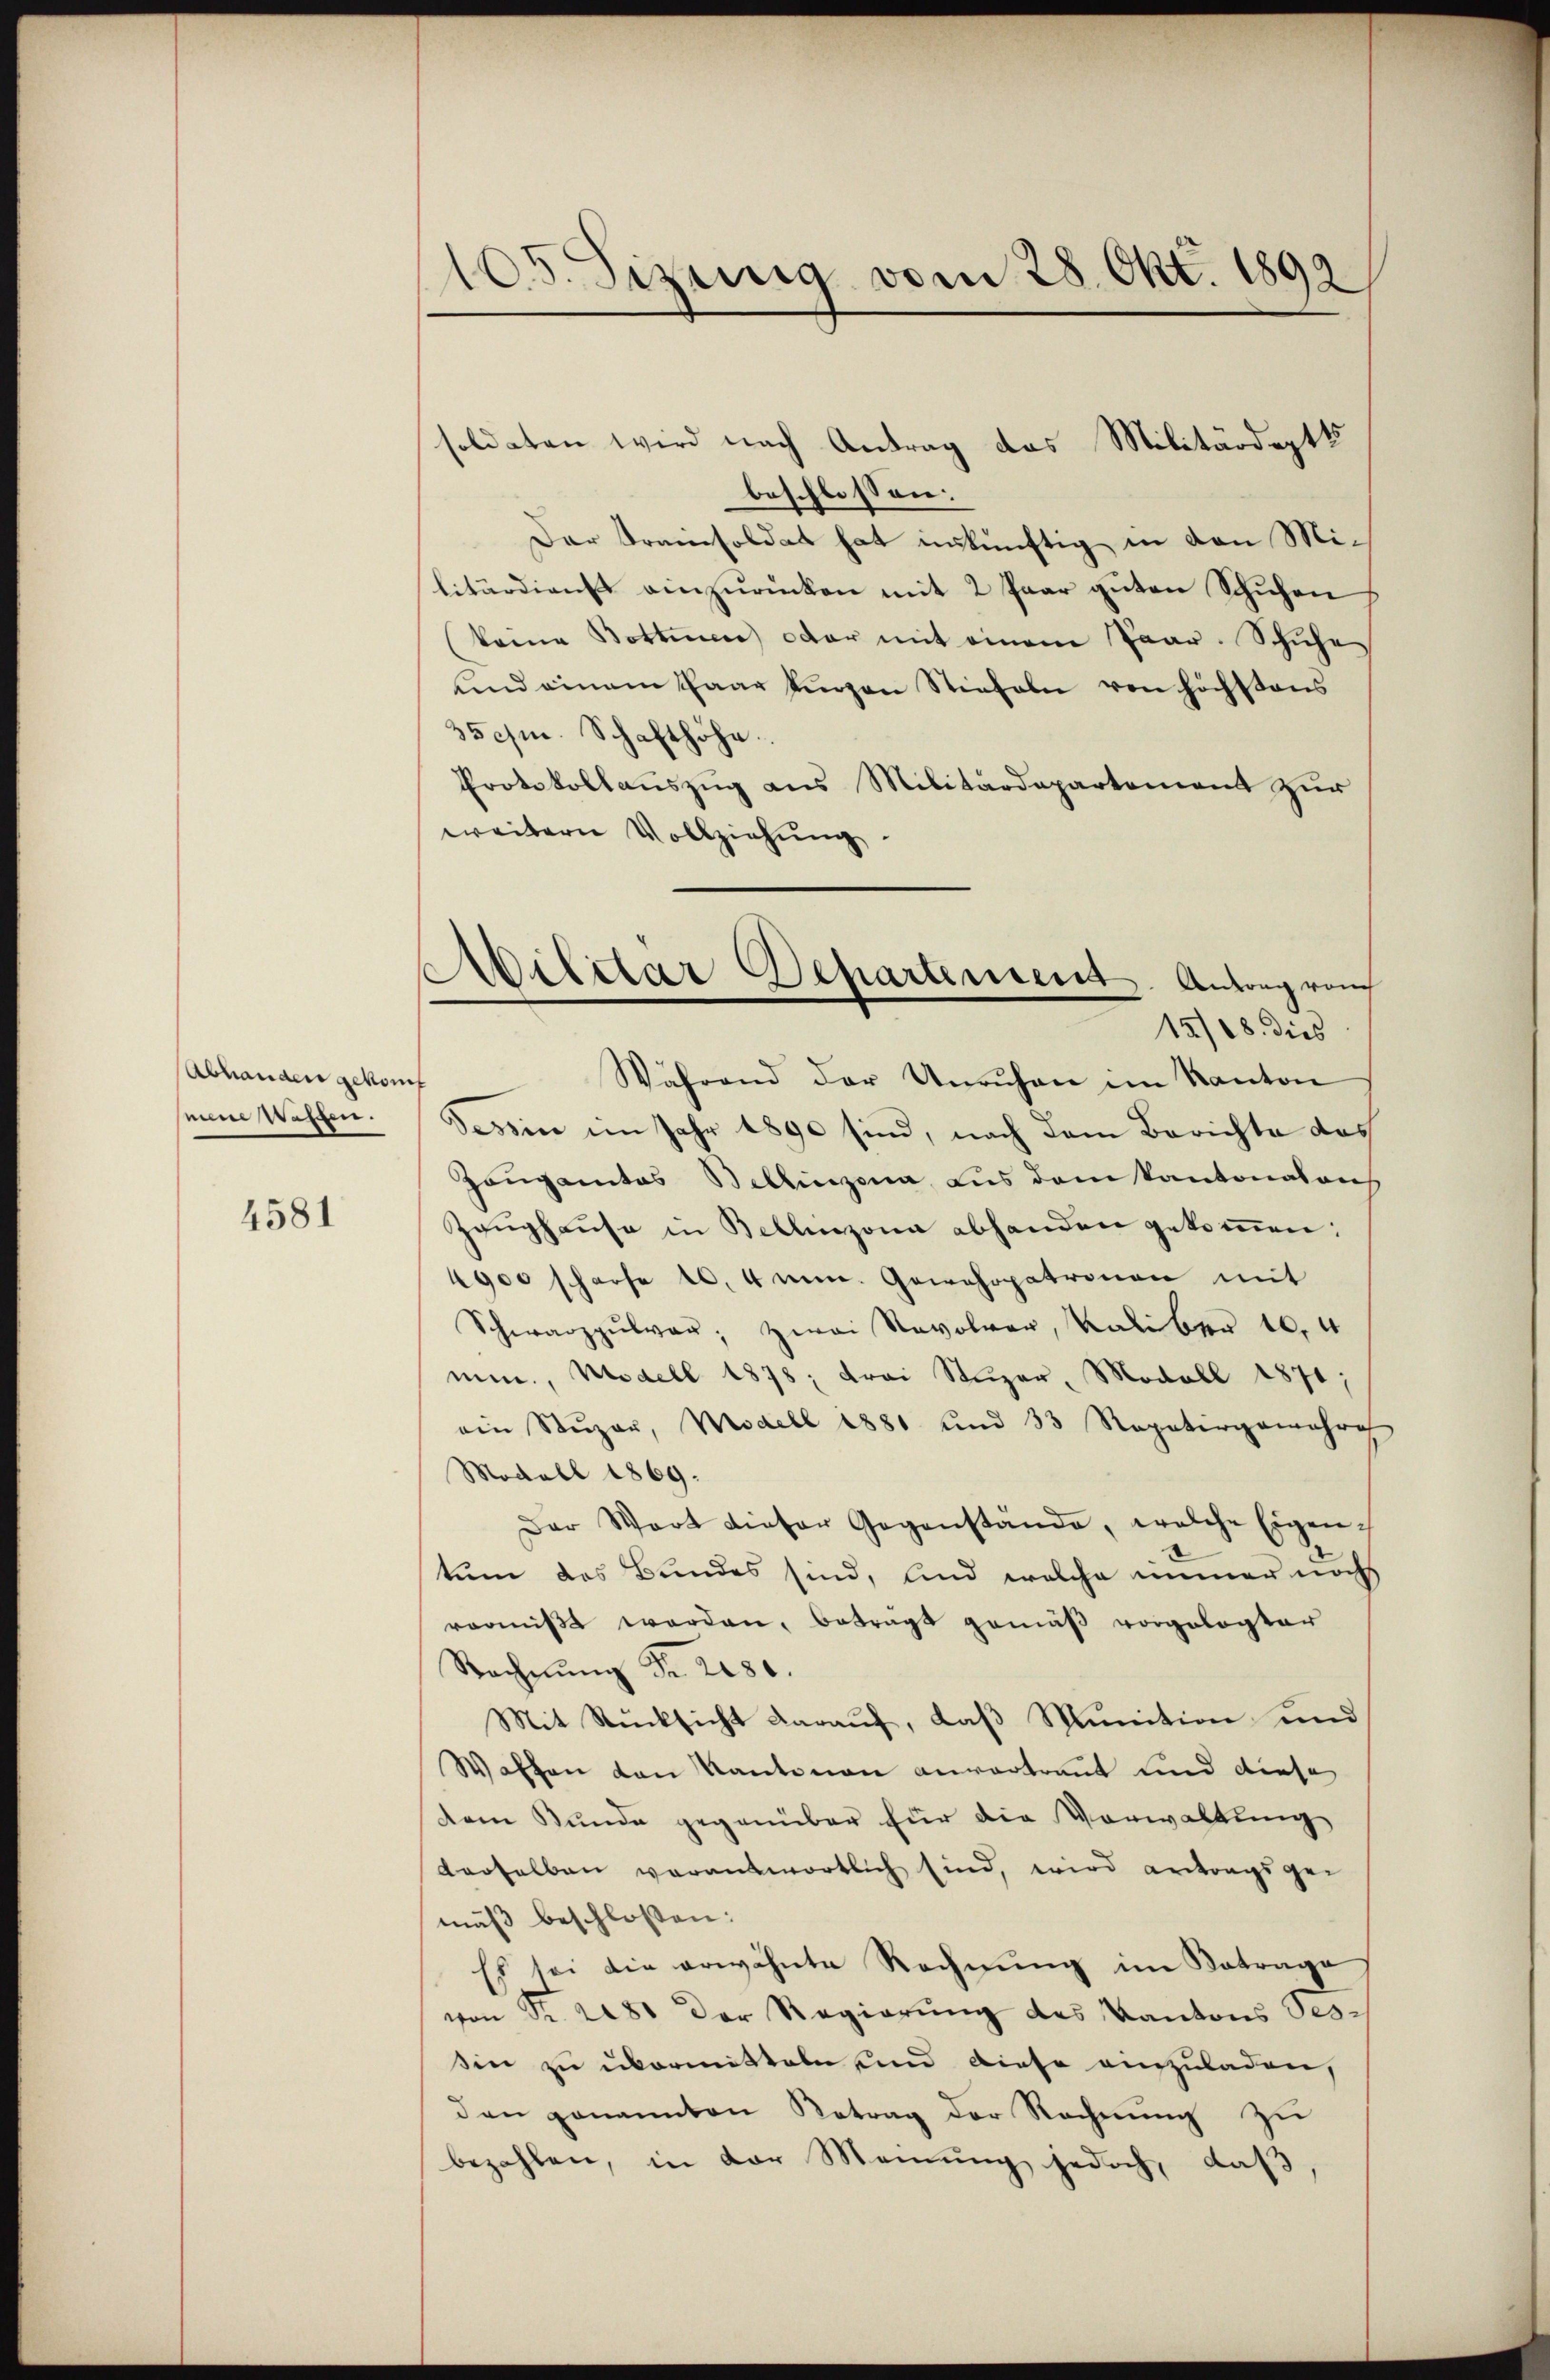
Abhanden gekom
mestehen.

4581

105. Sizung vom 28. Okt. 1892

Abilitar Departensent. Antrag von
15/18. dies

soldaten wird nach Antrag das Militärdeptts
beschlossen:
Der Kreisoldat hat inskünftig in den Militärdiens einzŭrücken mit 2 Paar guten Schuhen
(keine Botten oder mit einem Paar. Schuhe
und einem Paar fingen Stiefeln von höchstens
35 cm. Schafthöhe
Protokollauszug aus Militärdepartement zur
weitern Vollziehung.
Während der Unruhen im Kanton
Tessin im Jahr 1890 sind, nach dem Berichte das
Zeugamtes Bellinzona Aus dem Kantonalans
Zaughause in Bellinzona abhanden gekommen:
4900 scharfe 10,4 mn. Gewehrpatronen mit
Schwarzpŭlvar, zwei Revolver, Kalber 10. 4
mm., Modell 1878; drei Stuzer, Modoll 1871;
ein Stŭzar, Modell 1881 und 33 Repatergemehre
Modell 1869.
Der Wort dieser Gegenstände, welche Eigen-
tum des Bundes sind, und welche immer noch
raoniβt werden, betragt gemäß vorgelegter
Rechnŭng Fr. 2080.
Mit Rücksicht darauf, daß Munition und
Waffen von Kantonen anvertraut und diese
dem Bunde gegenüber für die Vorwaltung
derselben verantwortlich sind, wird antragsge-
mäß beschlossen:
Es sei die erwähnte Rechnung im Betrage
von Fr. 281 der Regierung des Kantons Tes-
sin zu übermitteln und diese einzuladen,
den genannten Betrag der Rechnung zu
bezahlen, in der Meinung jedoch, daß